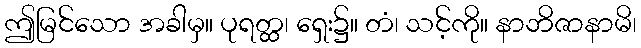
ဤမြင်သော အခါမှ။ ပုရတ္ထ၊ ရှေး၌။ တံ၊ သင့်ကို။ နာဘိဇာနာမိ၊